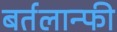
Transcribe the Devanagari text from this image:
बर्तलान्फी